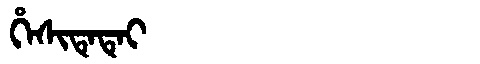
Manchu: ᡥᡝᠰᡳᡨᡝᡨᡝᡳ
Romanization: HESITETEI